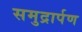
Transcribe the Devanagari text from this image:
समुद्रार्पण